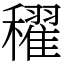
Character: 𥣞